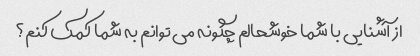
از آشنایی با شما خوشحالم چگونه می توانم به شما کمک کنم؟